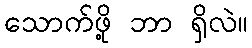
သောက်ဖို့ ဘာ ရှိလဲ။